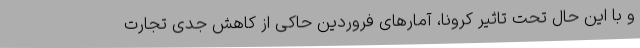
و با این حال تحت تاثیر کرونا، آمارهای فروردین حاکی از کاهش جدی تجارت